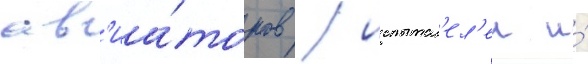
ав'иа́торов / испытат'ел'еи и́